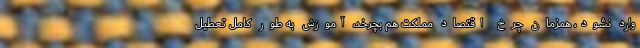
وارد نشود، همزمان چرخ اقتصاد مملکت هم بچرخد، آموزش به طور کامل تعطیل